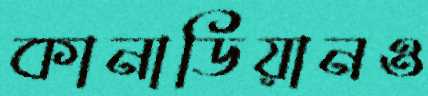
কানাডিয়ানও